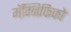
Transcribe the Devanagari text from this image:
मॅग्निफिको